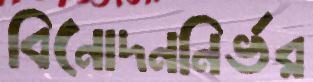
বিনোদননির্ভর